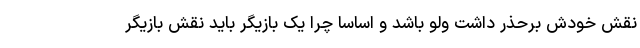
نقش خودش برحذر داشت ولو باشد و اساسا چرا یک بازیگر باید نقش بازیگر